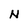
Character: N